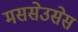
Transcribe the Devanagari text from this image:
मससेउसेस